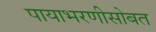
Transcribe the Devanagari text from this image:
पायाभरणीसोबत